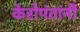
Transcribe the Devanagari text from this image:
केरोपंतांनी